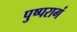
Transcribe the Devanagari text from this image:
पुष्परागं